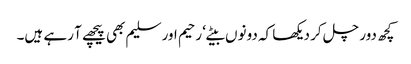
کچھ دور چل کر دیکھا کہ دونوں بیٹے‘ رحیم اور سلیم بھی پیچھے آ رہے ہیں۔